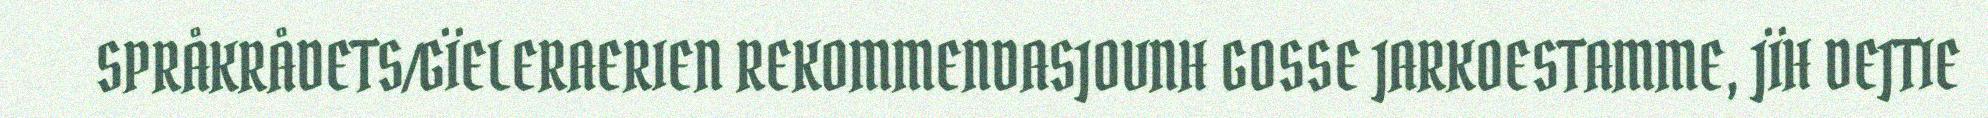
SPRÅKRÅDETS/GÏELERAERIEN REKOMMENDASJOVNH GOSSE JARKOESTAMME, JÏH DEJTIE